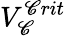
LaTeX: V_{\mathscr{C}}^{\mathscr{C}rit}